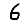
Digit: 6